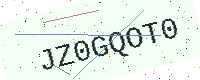
Text: JZ0GQOT0